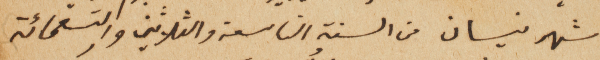
شهر نيسان من السنة التاسعة والثلاثين والتسعمائة